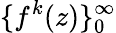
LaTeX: \{ f^{k}(z)\} _{0}^{\infty}